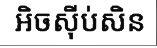
អិចស៊ីប់សិន